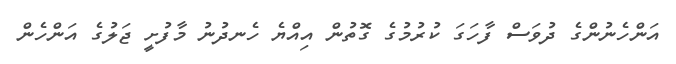
އަންހެނުންގެ ދުވަސް ފާހަގަ ކުރުމުގެ ގޮތުން އިއްޔެ ހެނދުނު މާފުށީ ޖަލުގެ އަންހެން